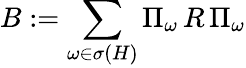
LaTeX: B:=\sum_{\omega\in\sigma(H)}\Pi_{\omega}\, R\, \Pi_{\omega}